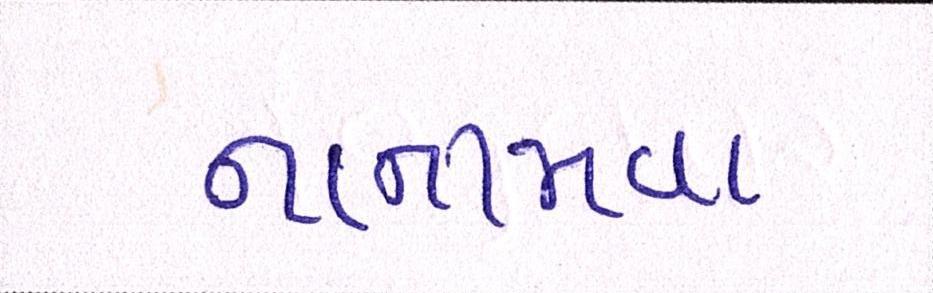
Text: નાનામવા